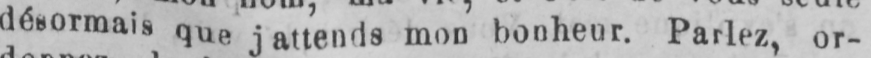
désormais que jattends mon bonheur. Parlez, or-